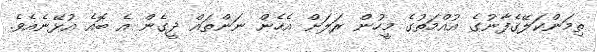
ތިމަންކަލޭގެފާނުގެ އުއްމަތުގެ މީހުން ރަލަށް އެހެން ނަންތައް ދީގެން އެ ބޮއެ އުޅޭނެއެވެ.